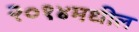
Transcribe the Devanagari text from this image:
२०१४मधील